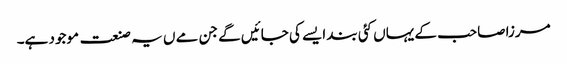
مرزا صاحب کے یہاں کئی بند ایسے کی جائیں گے جن مے ں یہ صنعت موجود ہے۔